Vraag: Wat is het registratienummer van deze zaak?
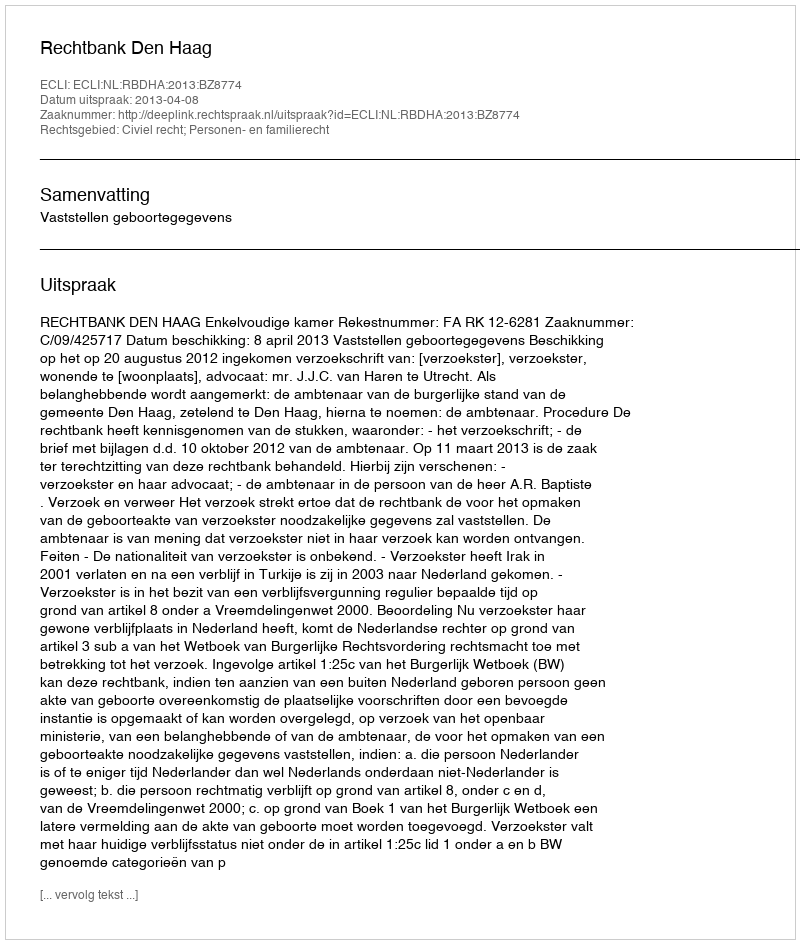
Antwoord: http://deeplink.rechtspraak.nl/uitspraak?id=ECLI:NL:RBDHA:2013:BZ8774